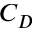
C _ { D }